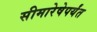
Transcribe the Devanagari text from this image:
सीमारेषेपर्यंत